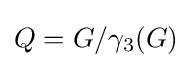
Q=G/\gamma _{3}(G)